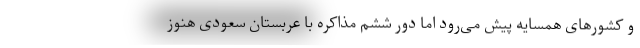
و کشورهای همسایه پیش می‌رود اما دور ششم مذاکره با عربستان سعودی هنوز